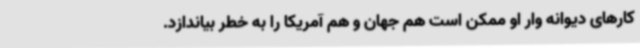
کارهای دیوانه وار او ممکن است هم جهان و هم آمریکا را به خطر بیاندازد.